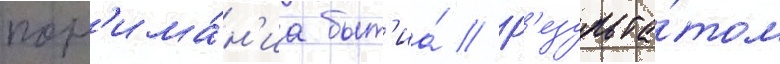
пон'има́н'иа быт'иа́ // Р'езульта́том